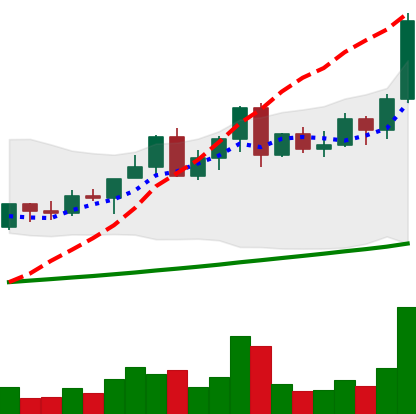
Ticker: LINK-USD
Chart end date: 2021-04-14
Forward return: -13.384%
Label: down_7plus